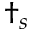
\dagger _ { s }